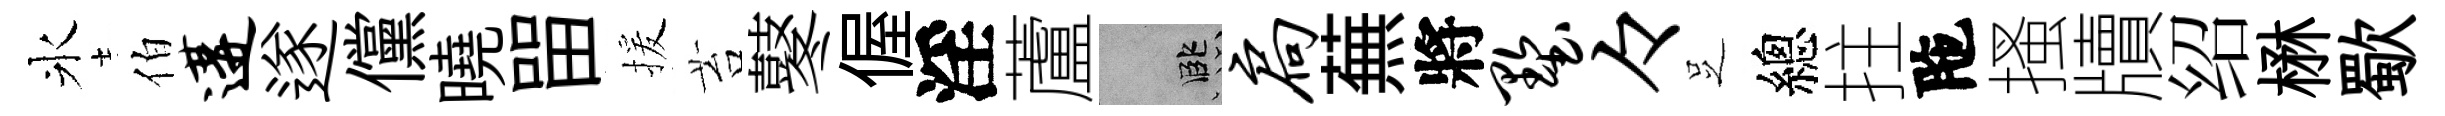
氷伯遘遂儻曉㽞援苔鼕偓淫蘆孟扃蕪將墅々𠯁總拄陁搔牘绍楙歜